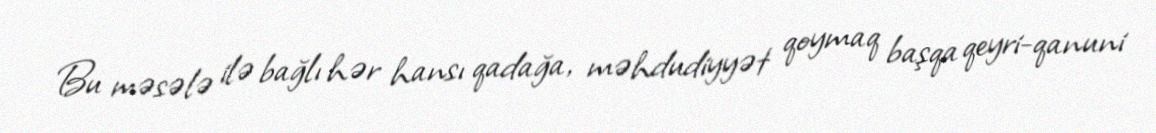
Bu məsələ ilə bağlı hər hansı qadağa, məhdudiyyət qoymaq başqa qeyri-qanuni